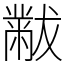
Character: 黻